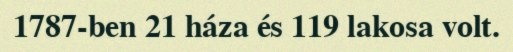
1787-ben 21 háza és 119 lakosa volt.